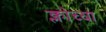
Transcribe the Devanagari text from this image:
क्लोच्या